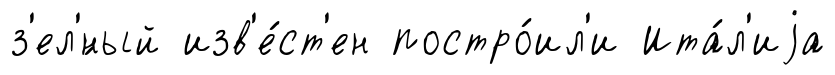
з'ел'́ный изв'е́ст'ен постро́ил'и Ита́л'иjа